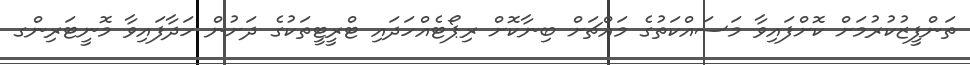
ތަންފީޒުކުރުމަށް ކޮށްފައިވާ މަސައްކަތުގެ މައްޗަށް ބިނާކޮށް ރިޕޯޓެއްހަދައި ޓްރީޓީތަކުގެ ދަށުން ހަދާފައިވާ މޮނީޓަރިންގ